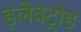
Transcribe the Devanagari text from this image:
इलेवट्रोड